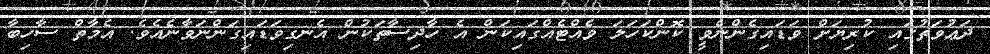
ދަޢުވަތުގައި ކުރިޔަށް ވަޑައިގެންނެވީ ކޮންކަހަލަ ވެއްޓެއްގައިކަން އެ ހާދިސާތަކުން އެނގިވަޑައިގަންނަވާނެއެވެ. އެމާތް ސާހިބާ